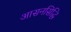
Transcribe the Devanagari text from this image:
आसनसिद्धि